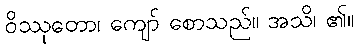
ဝိဿုတော၊ ကျော် စောသည်။ အသိ၊ ၏။